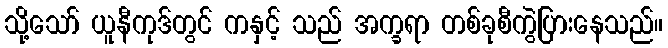
သို့သော် ယူနီကုဒ်တွင် ကနှင့် သည် အက္ခရာ တစ်ခုစီကွဲပြားနေသည်။